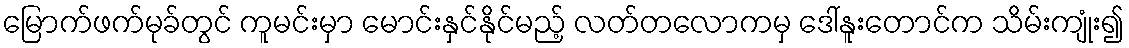
မြောက်ဖက်မုခ်တွင် ကူမင်းမှာ မောင်းနှင်နိုင်မည့် လတ်တလောကမှ ဒေါ်နူးတောင်က သိမ်းကျုံး၍